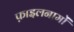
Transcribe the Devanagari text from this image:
फ़ाइलनामों